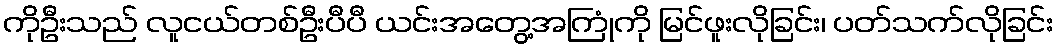
ကိုဦးသည် လူငယ်တစ်ဦးပီပီ ယင်းအတွေ့အကြုံကို မြင်ဖူးလိုခြင်း၊ ပတ်သက်လိုခြင်း